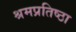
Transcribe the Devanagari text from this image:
श्रमप्रतिष्ठा